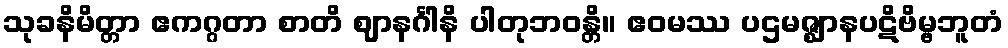
သုခနိမိတ္တာ ဧကဂ္ဂတာ စာတိ ဈာနင်္ဂါနိ ပါတုဘဝန္တိ။ ဧဝမဿ ပဌမဇ္ဈာနပဋိဗိမ္ဗဘူတံ